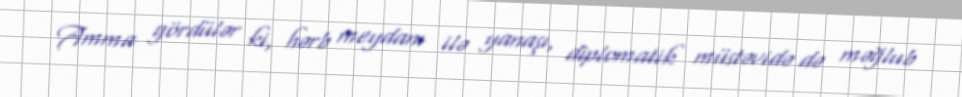
Amma gördülər ki, hərb meydanı ilə yanaşı, diplomatik müstəvidə də məğlub